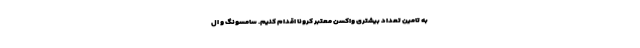
به تامین تعداد بیشتری واکسن معتبر کرونا اقدام کنیم. سامسونگ و ال‌